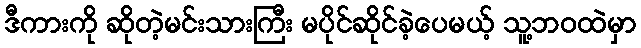
ဒီကားကို ဆိုတဲ့မင်းသားကြီး မပိုင်ဆိုင်ခဲ့ပေမယ့် သူ့ဘဝထဲမှာ